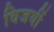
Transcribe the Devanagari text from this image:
विजयीं